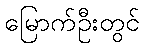
မြောက်ဦးတွင်